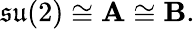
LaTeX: {\mathfrak{su}}(2)\cong\mathbf{A}\cong\mathbf{B}.